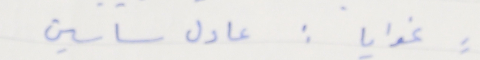
غوايا: عادل ساسين